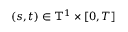
( s , t ) \in \ensuremath { \mathbb { T } } ^ { 1 } \times [ 0 , T ]